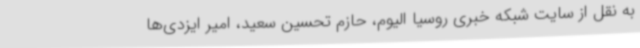
به نقل از سایت شبکه خبری روسیا الیوم، حازم تحسین سعید، امیر ایزدی‌ها